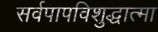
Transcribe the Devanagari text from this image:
सर्वपापविशुद्धात्मा